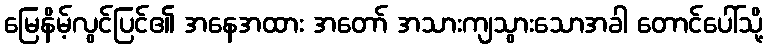
မြေနိမ့်လွင်ပြင်၏ အနေအထား အတော် အသားကျသွားသောအခါ တောင်ပေါ်သို့